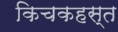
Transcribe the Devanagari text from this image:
किचकहस्त